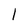
Character: l